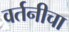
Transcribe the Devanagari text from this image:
वर्तनीचा